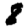
Digit: 8